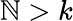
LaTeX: \mathbb{N}>k